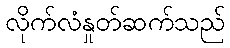
လိုက်လံနှုတ်ဆက်သည်